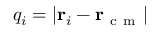
q _ { i } = | \mathbf r _ { i } - \mathbf r _ { \mathrm { ~ c ~ m ~ } } |